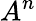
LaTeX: A^{n}